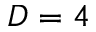
D = 4